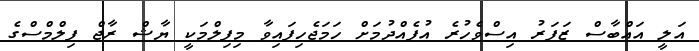
އަލީ އައްބާސް ޒަފަރު އިސްވެހުރެ އުފެއްދުމަށް ހަމަޖެހިފައިވާ މިފިލްމަކީ ޔާޝް ރާޖް ފިލްމްސްގެ